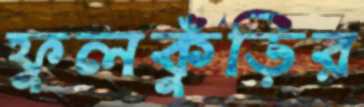
ফুলকুঁড়ির